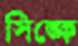
সিঙ্কে